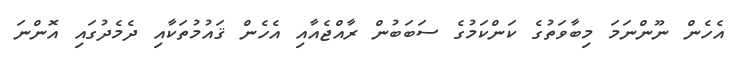
އެހެން ނޫންނަމަ މިބާވަތުގެ ކަންކަމުގެ ސަބަބުން ރާއްޖެއާއި އެހެން ޤައުމުތަކާއި ދެމެދުގައި އޮންނަ